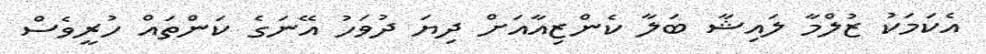
އެކަމަކު ޒުލްމާ ލައިޝާ ބަލާ ކެންޒިއާއަށް ދިޔަ ދުވަހު އޭނަގެ ކަންތައް ހުރީވެސް